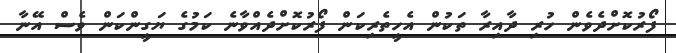
ފޯރުކޮށްދެވެން ހުރި ދާއިރާ ތަކުން އެހީތެރިކަން ފޯރުކޮށްދެއްވާނެ ކަމުގެ ޔަގީންކަން ވެސް އޭނާ